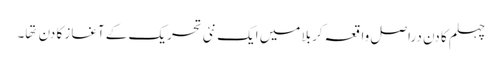
چہلم کا دن دراصل واقعہ کربلا میں ایک نئی تحریک کے آغاز کا دن تها۔